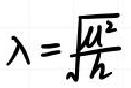
\[\lambda=\sqrt{\frac{u^{2}}{h}}\]